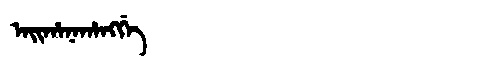
Manchu: ᠠᡳᡥᠠᠨᠠᡥᠠᠩᡤᡝ
Romanization: AIHANAHANGGE